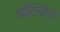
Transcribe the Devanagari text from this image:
कॉर्टिनॉएड